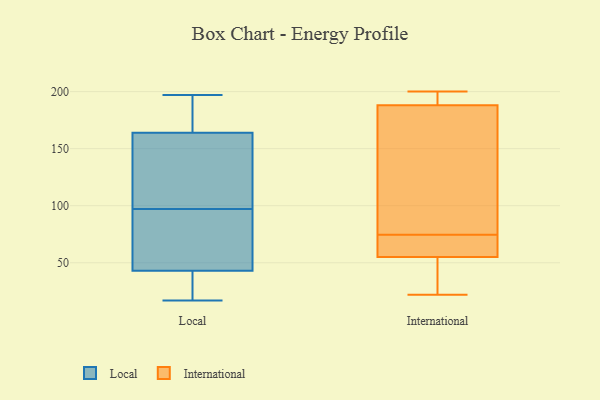
{"axis": {"x": "Satisfaction Score", "y": "Value"}, "legend": ["International", "Local"], "data": [{"x": "", "y": 197, "type": "Local"}, {"x": "", "y": 186, "type": "Local"}, {"x": "", "y": 58, "type": "Local"}, {"x": "", "y": 92, "type": "Local"}, {"x": "", "y": 69, "type": "Local"}, {"x": "", "y": 31, "type": "Local"}, {"x": "", "y": 35, "type": "Local"}, {"x": "", "y": 164, "type": "Local"}, {"x": "", "y": 129, "type": "Local"}, {"x": "", "y": 43, "type": "Local"}, {"x": "", "y": 192, "type": "Local"}, {"x": "", "y": 25, "type": "Local"}, {"x": "", "y": 151, "type": "Local"}, {"x": "", "y": 169, "type": "Local"}, {"x": "", "y": 102, "type": "Local"}, {"x": "", "y": 118, "type": "Local"}, {"x": "", "y": 17, "type": "Local"}, {"x": "", "y": 46, "type": "Local"}, {"x": "", "y": 188, "type": "International"}, {"x": "", "y": 55, "type": "International"}, {"x": "", "y": 71, "type": "International"}, {"x": "", "y": 200, "type": "International"}, {"x": "", "y": 148, "type": "International"}, {"x": "", "y": 78, "type": "International"}, {"x": "", "y": 195, "type": "International"}, {"x": "", "y": 37, "type": "International"}, {"x": "", "y": 55, "type": "International"}, {"x": "", "y": 22, "type": "International"}]}